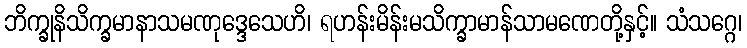
ဘိက္ခုနိသိက္ခမာနာသမဏုဒ္ဒေသေဟိ၊ ရဟန်းမိန်းမသိက္ခာမာန်သာမဏေတို့နှင့်။ သံသဂ္ဂေ၊